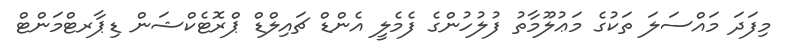
މިފަދަ މައްސަލަ ތަކުގެ މަޢުލޫމާތު ފުލުހުންގެ ފެމެލީ އެންޑް ޗައިލްޑް ޕްރޮޓެކްޝަން ޑިޕާރޓްމަންޓް